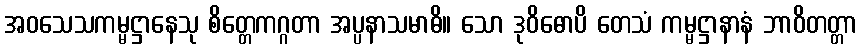
အဝသေသကမ္မဋ္ဌာနေသု စိတ္တေကဂ္ဂတာ အပ္ပနာသမာဓိ။ သော ဒုဝိဓောပိ တေသံ ကမ္မဋ္ဌာနာနံ ဘာဝိတတ္တာ